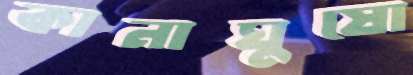
কানাঘুষো